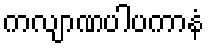
ကလျာဏပါပကာနံ